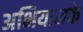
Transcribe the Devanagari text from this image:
अभियानके